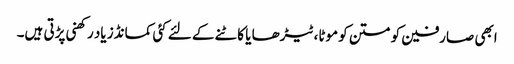
ابھی صارفین کو متن کو موٹا،ٹیڑھا یا کاٹنے کے لئے کئی کمانڈز یاد رکھنی پڑتی ہیں۔